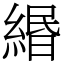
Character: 緡